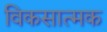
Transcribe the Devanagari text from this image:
विकसात्मक